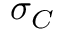
\sigma _ { C }